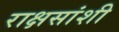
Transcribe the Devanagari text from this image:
राक्षसांशी